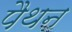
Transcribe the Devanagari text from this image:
पैथन